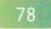
78